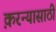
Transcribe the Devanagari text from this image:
क़रन्यासाठी